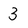
Character: 3